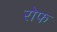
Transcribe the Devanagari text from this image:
रोफ